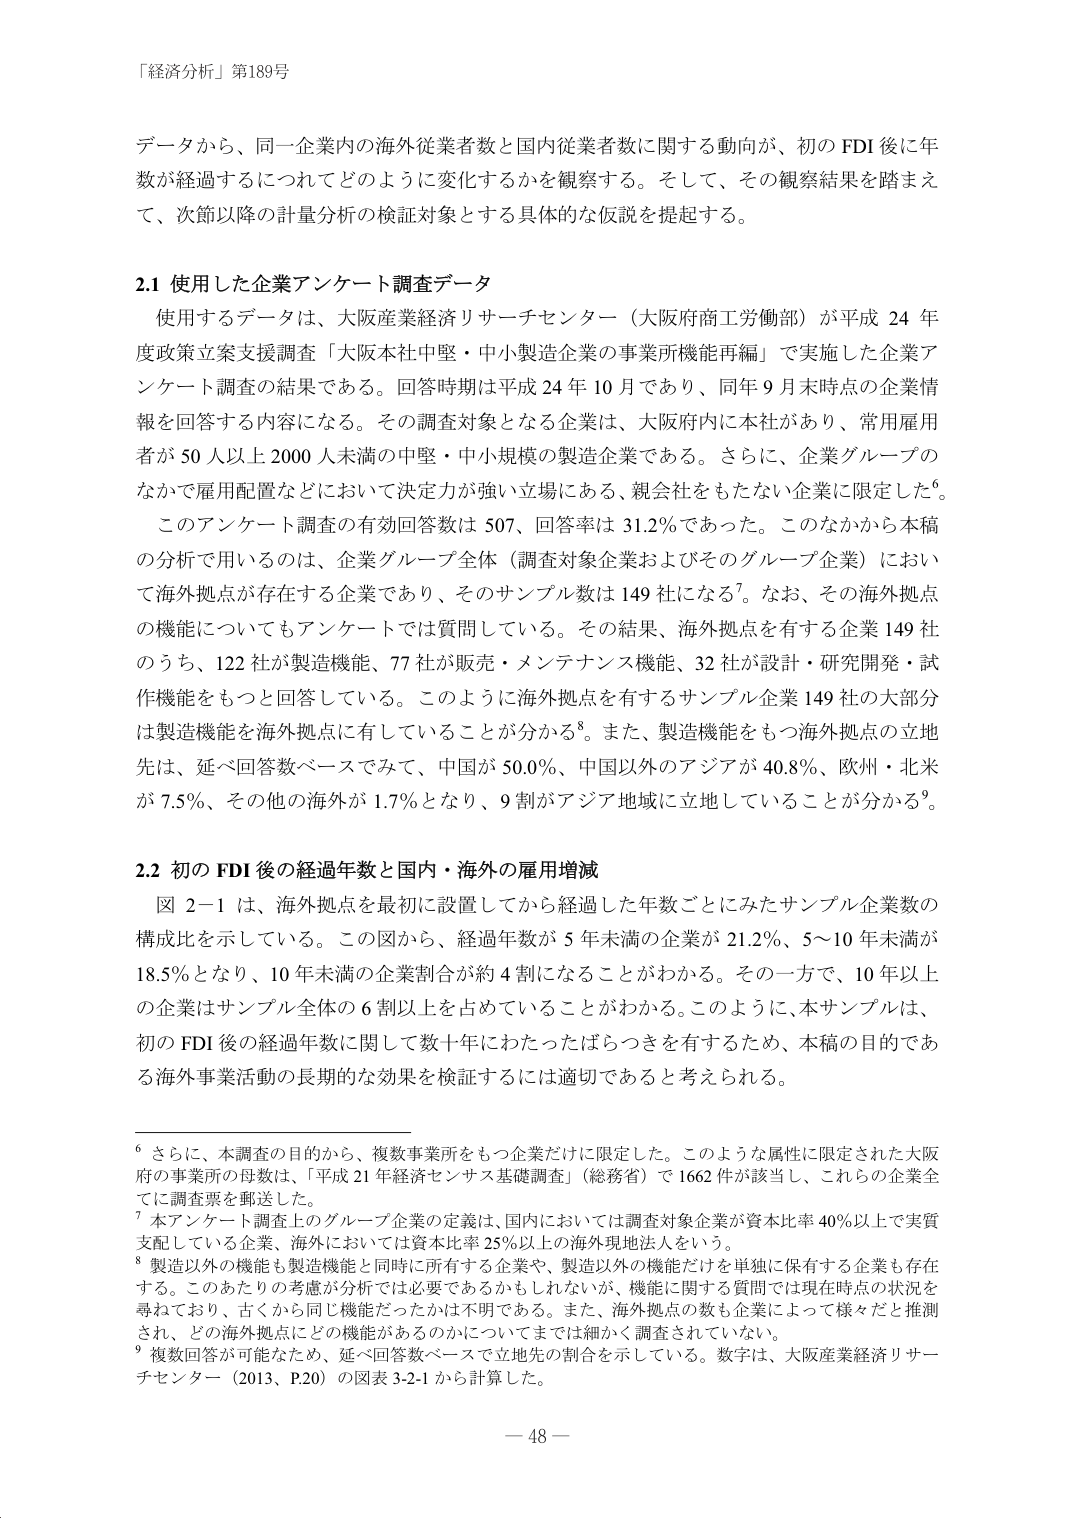
「経済分析」第189号

データから、同一企業内の海外従業者数と国内従業者数に関する動向が、初のFDI後に年数が経過するにつれてどのように変化するかを観察する。そして、その観察結果を踏まえて、次節以降の計量分析の検証対象とする具体的な仮説を提起する。

2.1 使用した企業アンケート調査データ
使用するデータは、大阪産業経済リサーチセンター（大阪府商工労働部）が平成24年度政策立案支援調査「大阪本社中堅・中小製造企業の事業所機能再編」で実施した企業アンケート調査の結果である。回答時期は平成24年10月であり、同年9月末時点の企業情報を回答する内容になる。その調査対象となる企業は、大阪府内に本社があり、常用雇用者が50人以上2000人未満の中堅・中小規模の製造企業である。さらに、企業グループのなかで雇用配置などにおいて決定力が強い立場にある、親会社をもたない企業に限定した⁶。
このアンケート調査の有効回答数は507、回答率は31.2％であった。このなかから本稿の分析で用いるのは、企業グループ全体（調査対象企業およびそのグループ企業）において海外拠点が存在する企業であり、そのサンプル数は149社になる⁷。なお、その海外拠点の機能についてもアンケートでは質問している。その結果、海外拠点を有する企業149社のうち、122社が製造機能、77社が販売・メンテナンス機能、32社が設計・研究開発・試作機能をもつと回答している。このように海外拠点を有するサンプル企業149社の大部分は製造機能を海外拠点に有していることが分かる⁸。また、製造機能をもつ海外拠点の立地先は、延べ回答数ベースでみて、中国が50.0％、中国以外のアジアが40.8％、欧州・北米が7.5％、その他の海外が1.7％となり、9割がアジア地域に立地していることが分かる⁹。

2.2 初のFDI後の経過年数と国内・海外の雇用増減
図2-1は、海外拠点を最初に設置してから経過した年数ごとにみたサンプル企業数の構成比を示している。この図から、経過年数が5年未満の企業が21.2％、5～10年未満が18.5％となり、10年未満の企業割合が約4割になることがわかる。その一方で、10年以上の企業はサンプル全体の6割以上を占めていることがわかる。このように、本サンプルは、初のFDI後の経過年数に関して数十年にわたったばらつきを有するため、本稿の目的である海外事業活動の長期的な効果を検証するには適切であると考えられる。

⁶ さらに、本調査の目的から、複数事業所をもつ企業だけに限定した。このような属性に限定された大阪府の事業所の母数は、「平成21年経済センサス基礎調査」（総務省）で1662件が該当し、これらの企業全てに調査票を郵送した。
⁷ 本アンケート調査上のグループ企業の定義は、国内においては調査対象企業が資本比率40％以上で実質支配している企業、海外においては資本比率25％以上の海外現地法人をいう。
⁸ 製造以外の機能も製造機能と同時に所有する企業や、製造以外の機能だけを単独に保有する企業も存在する。このあたりの考慮が分析では必要であるかもしれないが、機能に関する質問では現在時点の状況を尋ねており、古くから同じ機能だったかは不明である。また、海外拠点の数も企業によって様々だと推測され、どの海外拠点にどの機能があるのかについてまでは細かく調査されていない。
⁹ 複数回答が可能なため、延べ回答数ベースで立地先の割合を示している。数字は、大阪産業経済リサーチセンター（2013、P.20）の図表3-2-1から計算した。

－ 48 －